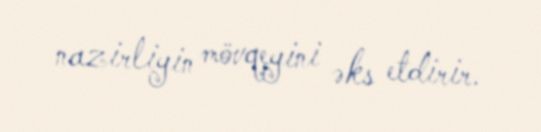
nazirliyin mövqeyini əks etdirir.